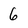
Character: 6